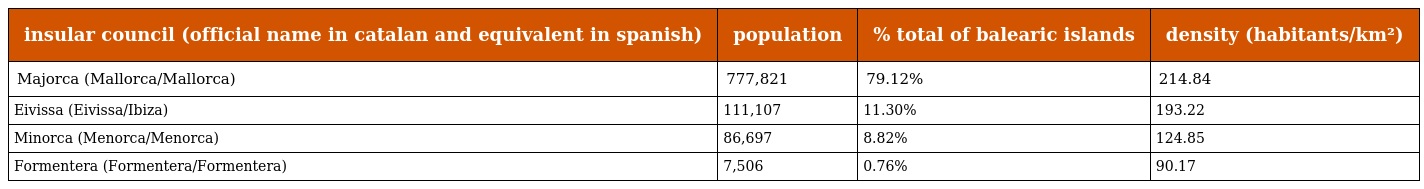
| insular council (official name in catalan and equivalent in spanish) | population | % total of balearic islands | density (habitants/km²) |
 | --- | --- | --- | --- |
 | Majorca (Mallorca/Mallorca) | 777,821 | 79.12% | 214.84 |
 | Eivissa (Eivissa/Ibiza) | 111,107 | 11.30% | 193.22 |
 | Minorca (Menorca/Menorca) | 86,697 | 8.82% | 124.85 |
 | Formentera (Formentera/Formentera) | 7,506 | 0.76% | 90.17 |